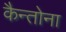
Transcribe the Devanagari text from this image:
कैन्तोना